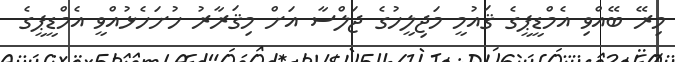
މިރޭ ބޭއްވި އެމްޑީޕީގެ ޤައުމީ މަޖިލީހުގެ ޖަލްސާ އަށް މިޤަރާރު ހުށަހެޅުއްވީ އެމްޑީޕީގެ